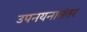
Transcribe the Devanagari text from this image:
उपनयनानंतर